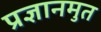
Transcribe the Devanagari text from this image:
प्रज्ञानमुत